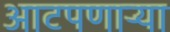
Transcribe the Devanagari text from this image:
आटपणाऱ्या